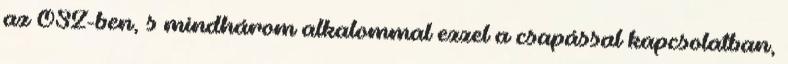
az ÓSZ-ben, s mindhárom alkalommal ezzel a csapással kapcsolatban,